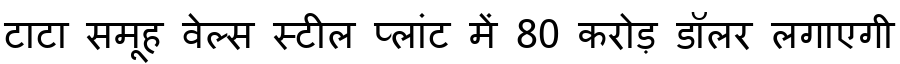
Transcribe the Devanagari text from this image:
टाटा समूह वेल्स स्टील प्लांट में 80 करोड़ डॉलर लगाएगी